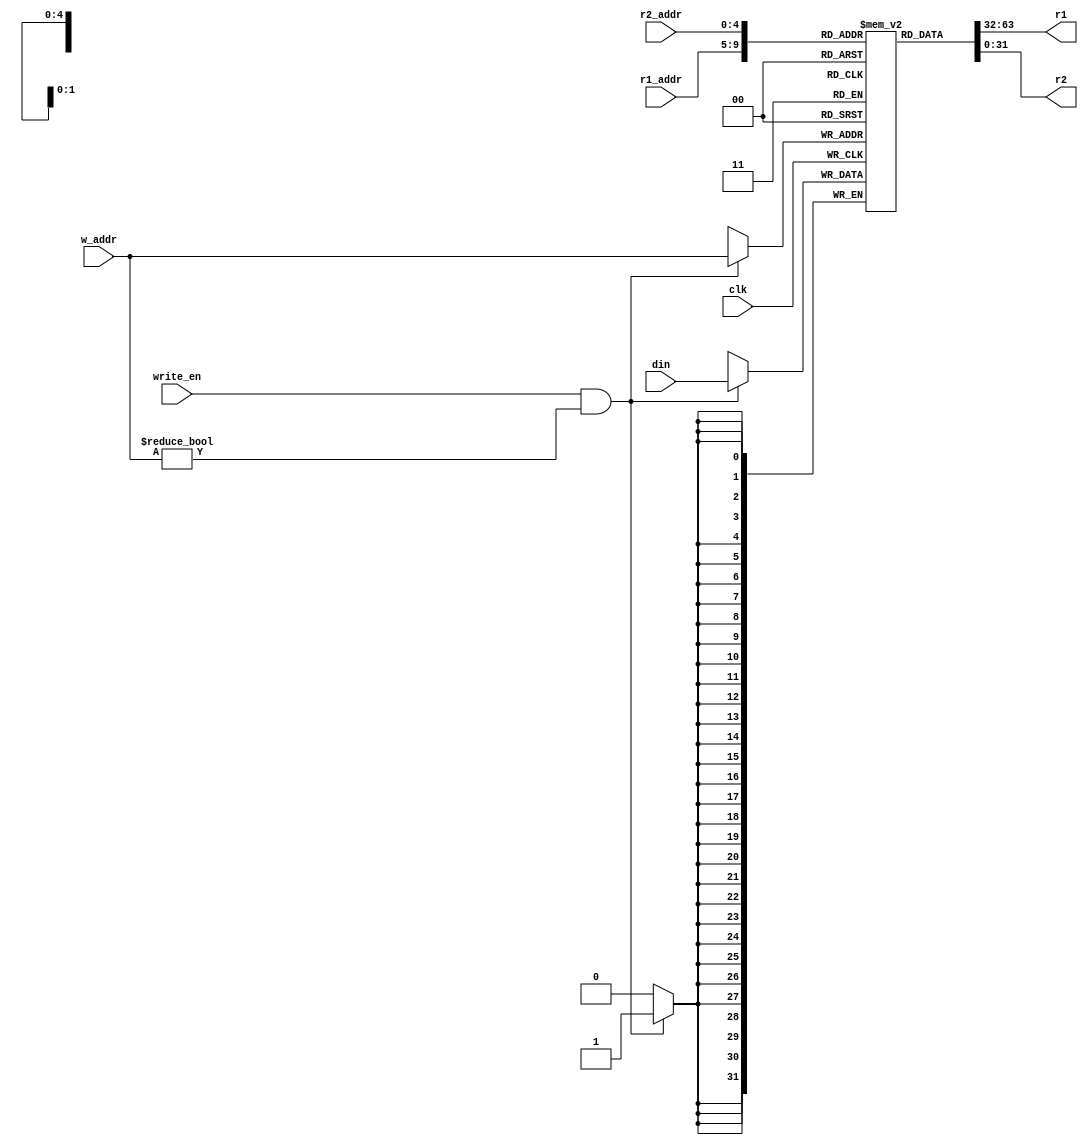
module RegFile (
    input [31:0] din,
    input [4:0] r1_addr, r2_addr, w_addr,
    input clk, write_en,
    output [31:0] r1, r2
);
    reg [31:0] regfile[31:0];
    integer i;
    
    initial begin
        for(i = 0; i <= 31; i = i + 1) begin
            regfile[i] = 32'b0;
        end
    end

    assign r1 = regfile[r1_addr];
    assign r2 = regfile[r2_addr];

    always @(posedge clk) begin
        if (write_en && w_addr != 0) regfile[w_addr] <= din;
    end

endmodule